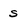
Character: s